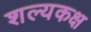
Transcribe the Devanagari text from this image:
शल्यकक्ष